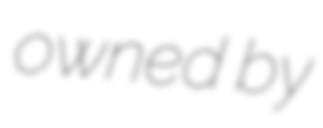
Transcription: owned by